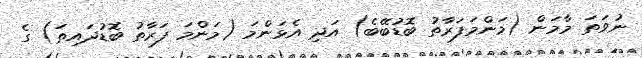
ނުވަތަ މާމަން (މަންމަފަރާތު ބޮޑުބޭބެ) އަދި އެޅަންމަ (މަންމަ ފަރާތު ބޮޑުދައިތަ) ގެ